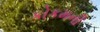
કોકમની